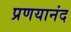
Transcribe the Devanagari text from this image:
प्रणयानंद